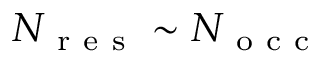
N _ { \mathrm { ~ r ~ e ~ s ~ } } \sim N _ { \mathrm { ~ o ~ c ~ c ~ } }